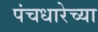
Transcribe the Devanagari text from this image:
पंचधारेच्या